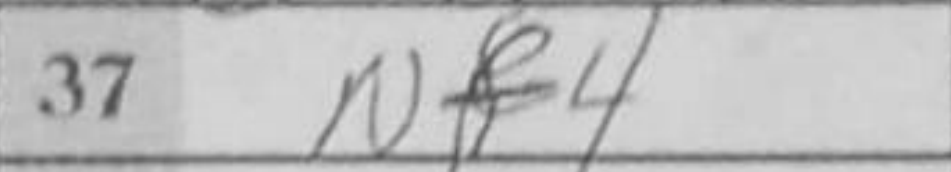
Transcription: Nf4